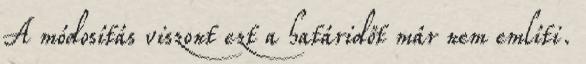
A módosítás viszont ezt a határidőt már nem említi.